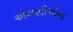
એલસીએના